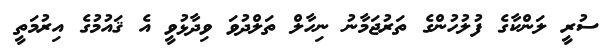
ސުރީ ލަންކާގެ ފުލުހުންގެ ތަރުޖަމާނު ނިހާލް ތަލްދުވަ ވިދާޅުވީ އެ ޤައުމުގެ އިރުމަތީ